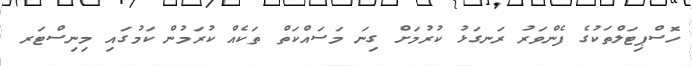
ހޮސްޕިޓަލްތަކުގެ ފެންވަރު ރަނގަޅު ކުރުމަށް ގިނަ މަސައްކަތް ތަކެއް ކުރަމުން ކަމުގައި މިނިސްޓަރ